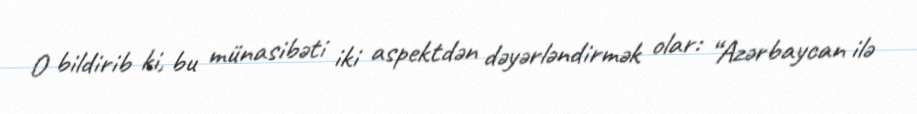
O bildirib ki, bu münasibəti iki aspektdən dəyərləndirmək olar: “Azərbaycan ilə